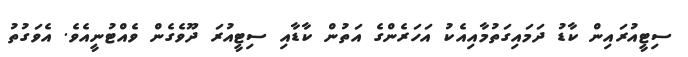
ސިޓީއުރައިން ކާޑު ދަމައިގަތުމާއިއެކު އަހަރެންގެ އަތުން ކާޑާއި ސިޓީއުރަ ދޫވެގެން ވެއްޓުނީއެވެ. އެވަގުތު